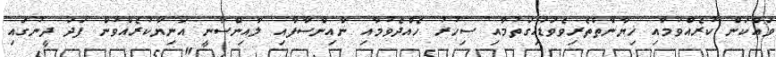
ވައްކަން ކުރެއްވުމާއި ޚިޔާނާތްތެރިވެވަޑައިގަތުމާއި ސިހުރު ހެއްދެވުމާއި ނާއިންސާފާއި ލާއިންސާނީ އަނިޔާކުރެއްވުން ފަދަ ދީނުގައި